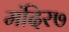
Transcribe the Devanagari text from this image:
मंदिर७